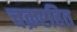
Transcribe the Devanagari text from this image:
चक्ररहित